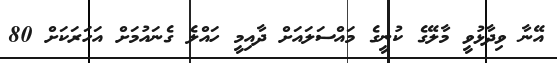
އޭނާ ވިދާޅުވީ މާލޭގެ ކުނީގެ މައްސަލައަށް ދާއިމީ ހައްލެ ގެނައުމަށް އަހަރަކަށް 80